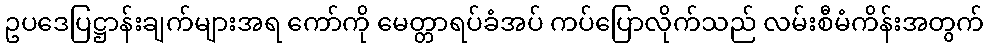
ဥပဒေပြဋ္ဌာန်းချက်များအရ ကော်ကို မေတ္တာရပ်ခံအပ် ကပ်ပြောလိုက်သည် လမ်းစီမံကိန်းအတွက်